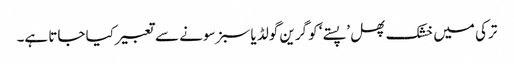
ترکی میں خشک پھل ’پستے‘ کو گرین گولڈ یا سبز سونے سے تعبیر کیا جاتا ہے۔